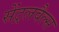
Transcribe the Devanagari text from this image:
सेंट्रलवैल्स